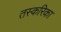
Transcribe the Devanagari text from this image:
तस्करिका